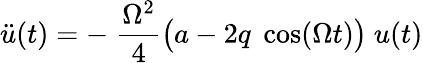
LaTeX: \ddot{u}(t)=-\; \frac{\Omega^{2}}{4}\big(a-2q\; \cos(\Omega t)\big)\ u(t)